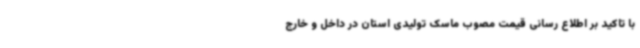
با تاکید بر اطلاع رسانی قیمت مصوب ماسک تولیدی استان در داخل و خارج